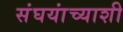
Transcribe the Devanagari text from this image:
संघयांच्याशी